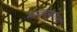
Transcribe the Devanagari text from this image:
माक्देबुर्गला